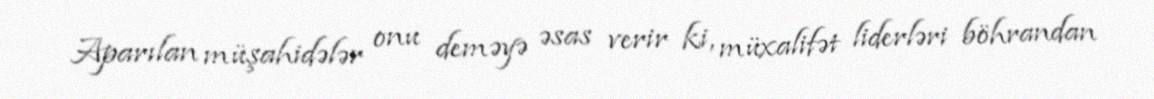
Aparılan müşahidələr onu deməyə əsas verir ki, müxalifət liderləri böhrandan